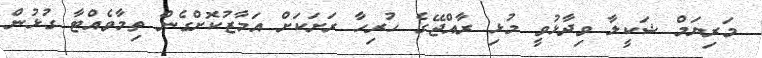
މަރިޔަމް ޝަކީލާ ވިދާޅުވީ މުޅި ރާއްޖޭގެ ހުރިހާ ރަށަކަށް އަމާޒުކޮށްގެން ތިމާވެއްޓާ ގުޅުން